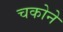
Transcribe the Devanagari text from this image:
चकोने